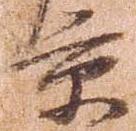
京